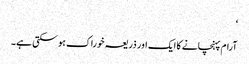
‘
آرام پہنچانے کا ایک اور ذریعہ خوراک ہو سکتی ہے۔